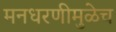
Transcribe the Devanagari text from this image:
मनधरणीमुळेच